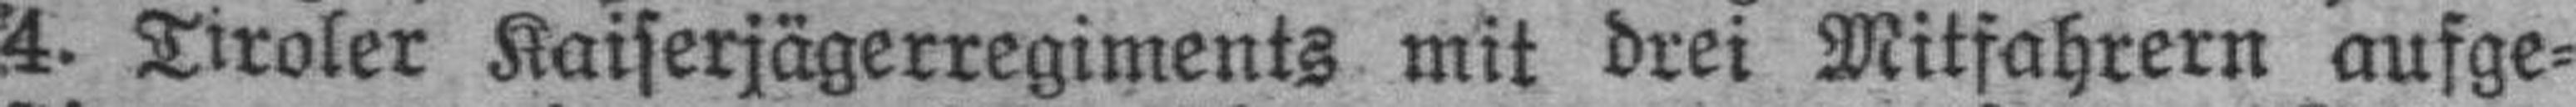
4. Tiroler Kaiserjägerregiments mit drei Mitfahrern aufge¬